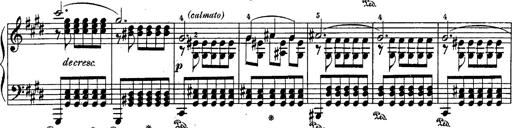
Title: Schubert's Impromptus [revised and edited by Franz Liszt]
Composer: Franz Liszt